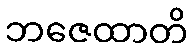
ဘဇေထာတိ